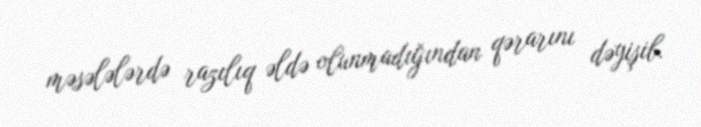
məsələlərdə razılıq əldə olunmadığından qərarını dəyişib.